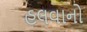
હલવાનો